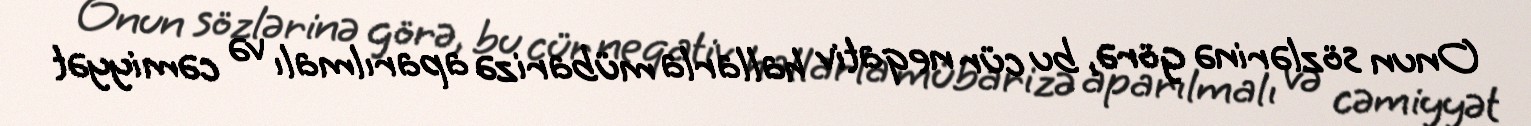
Onun sözlərinə görə, bu cür neqativ hallarla mübarizə aparılmalı və cəmiyyət